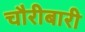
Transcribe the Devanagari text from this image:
चौरीबारी